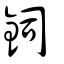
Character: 鉰